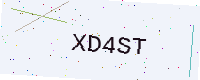
Text: XD4ST